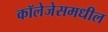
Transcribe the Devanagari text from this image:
कॉलेजेसमधील